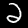
Label: 2